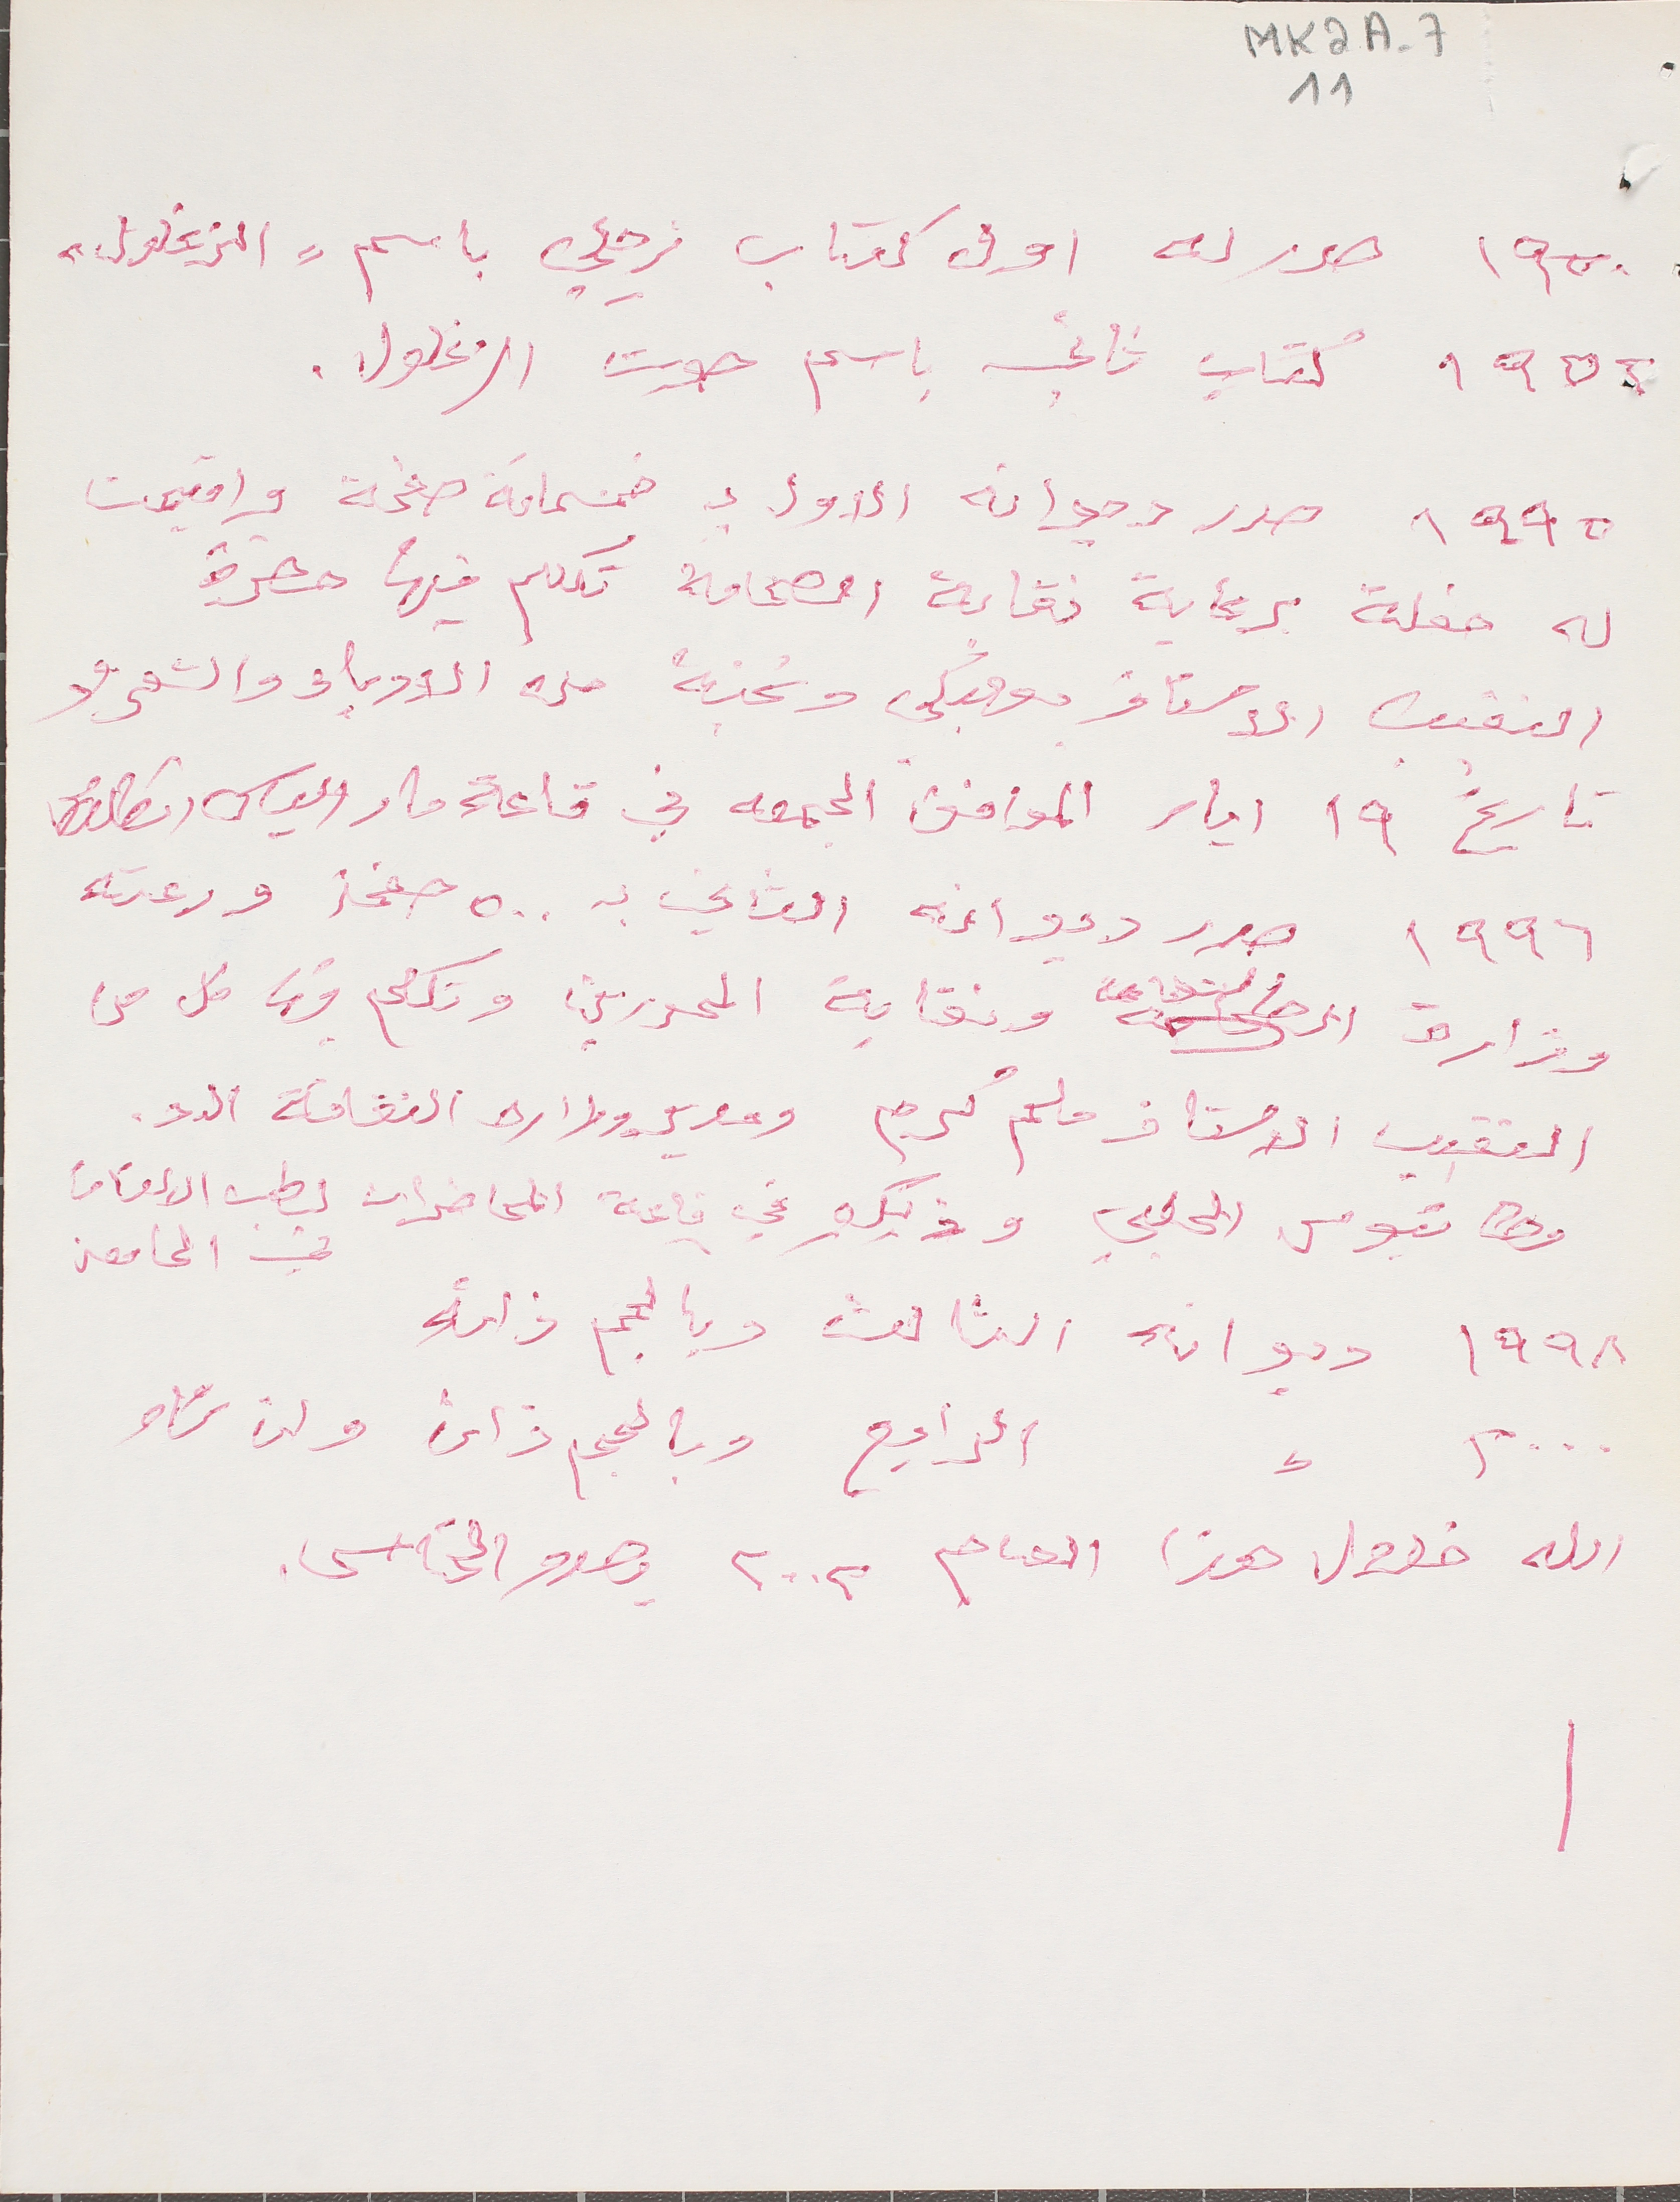
MK2A-7 11
١٩٥٠  صدر له اول كتاب زجلي باسم " الزغلول"
١٩٥٢ كتاب تاني باسم صوت الزغلول.
١٩٩٥ صدر ديوانه الاول بـ خمسماية صفحة واقيمت
له حفلة برعاية نقابة الصحافة تكلم فيها حضرة
النقيب الاستاذ بعلبكي ونخبةً من الادباء والشعراء
تاريخ ١٩ ايار الموافق الجمعة في قاعة مار الياس انطلياس
١٩٩٦ صدر ديوانه الثاني بـ ٥٠٠ صفحة ورعته
وزارة الثقافة ونقابة المحررين وتكلم فيها كل من
النقيب الاستاذ ملحم كرم ومدير وزاره الثقافة الد.
مطانيوس الحلبي وذلك في قاعة المحاضرات لطب الاسنان في الجامعة
١٩٩٨ ديوانه الثالث وبالحجم ذاته
الرابع وبالحجم ذاته وان شاء
الله خلال هذا العام ٢٠٠٢ وصدور  الخامس
٢٠٠٠